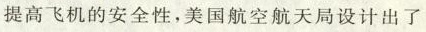
提高飞机的安全性，美国航空航天局设计出了